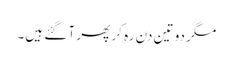
مگر دو تین دن رہ کر پھر آ گئے ہیں۔